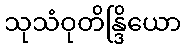
သုသံဝုတိန္ဒြိယော